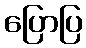
ပြောပြ